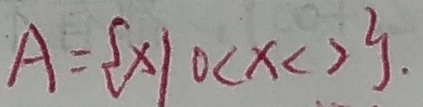
A = \{ x \vert 0 < x < 2 \}